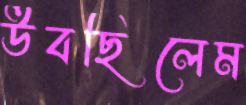
উবছিলেম